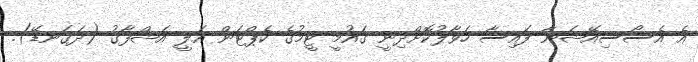
އެ އެސޯސިއޭޝަނާ ފައިސާ ހަވާލުކޮށްދިނީ ގައުމީ ޓީމުގެ ކެޕްޓަން އަލީ އަޝްފާގު (ދަގަނޑޭ).